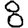
Digit: 8